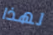
لهذا